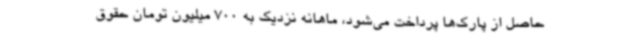
حاصل از پارک‌ها پرداخت می‌شود، ماهانه نزدیک به 700 میلیون تومان حقوق